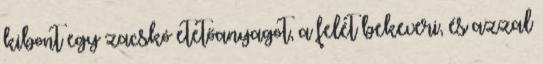
kibont egy zacskó etetőanyagot, a felét bekeveri, és azzal